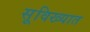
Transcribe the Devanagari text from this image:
सूविख्यात